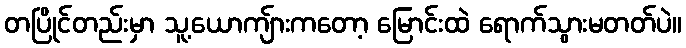
တပြိုင်တည်းမှာ သူ့ယောကျ်ားကတော့ မြောင်းထဲ ရောက်သွားမတတ်ပဲ။